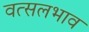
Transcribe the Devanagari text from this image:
वत्सलभाव